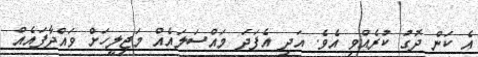
އެ ކަން ދޮގު ކުރެއްވި އެވެ. އަދި އެފަދަ މައްސަލައެއް މަޖިލީހަށް ވައްދާފައެއް